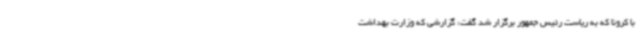
با کرونا که به ریاست رئیس جمهور برگزار شد گفت: گزارشی که وزارت بهداشت